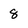
Character: 8